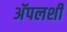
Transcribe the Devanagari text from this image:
अॅपलशी